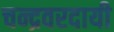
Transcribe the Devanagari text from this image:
चन्द्रवरदायी